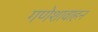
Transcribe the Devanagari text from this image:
गणेशावाहन